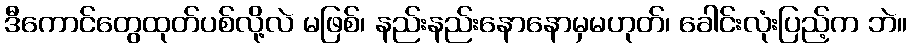
ဒီကောင်တွေထုတ်ပစ်လို့လဲ မဖြစ်၊ နည်းနည်းနောနောမှမဟုတ်၊ ခေါင်းလုံးပြည့်က ဘဲ။